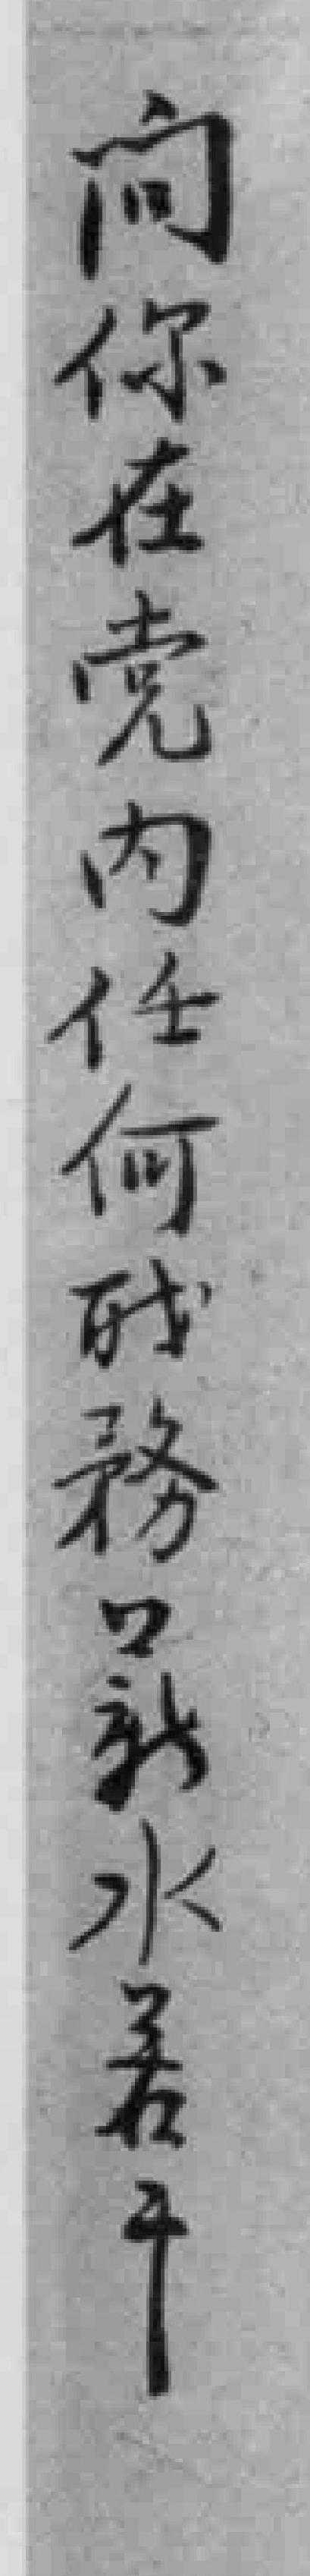
问你在党内任何聀務*新水若干